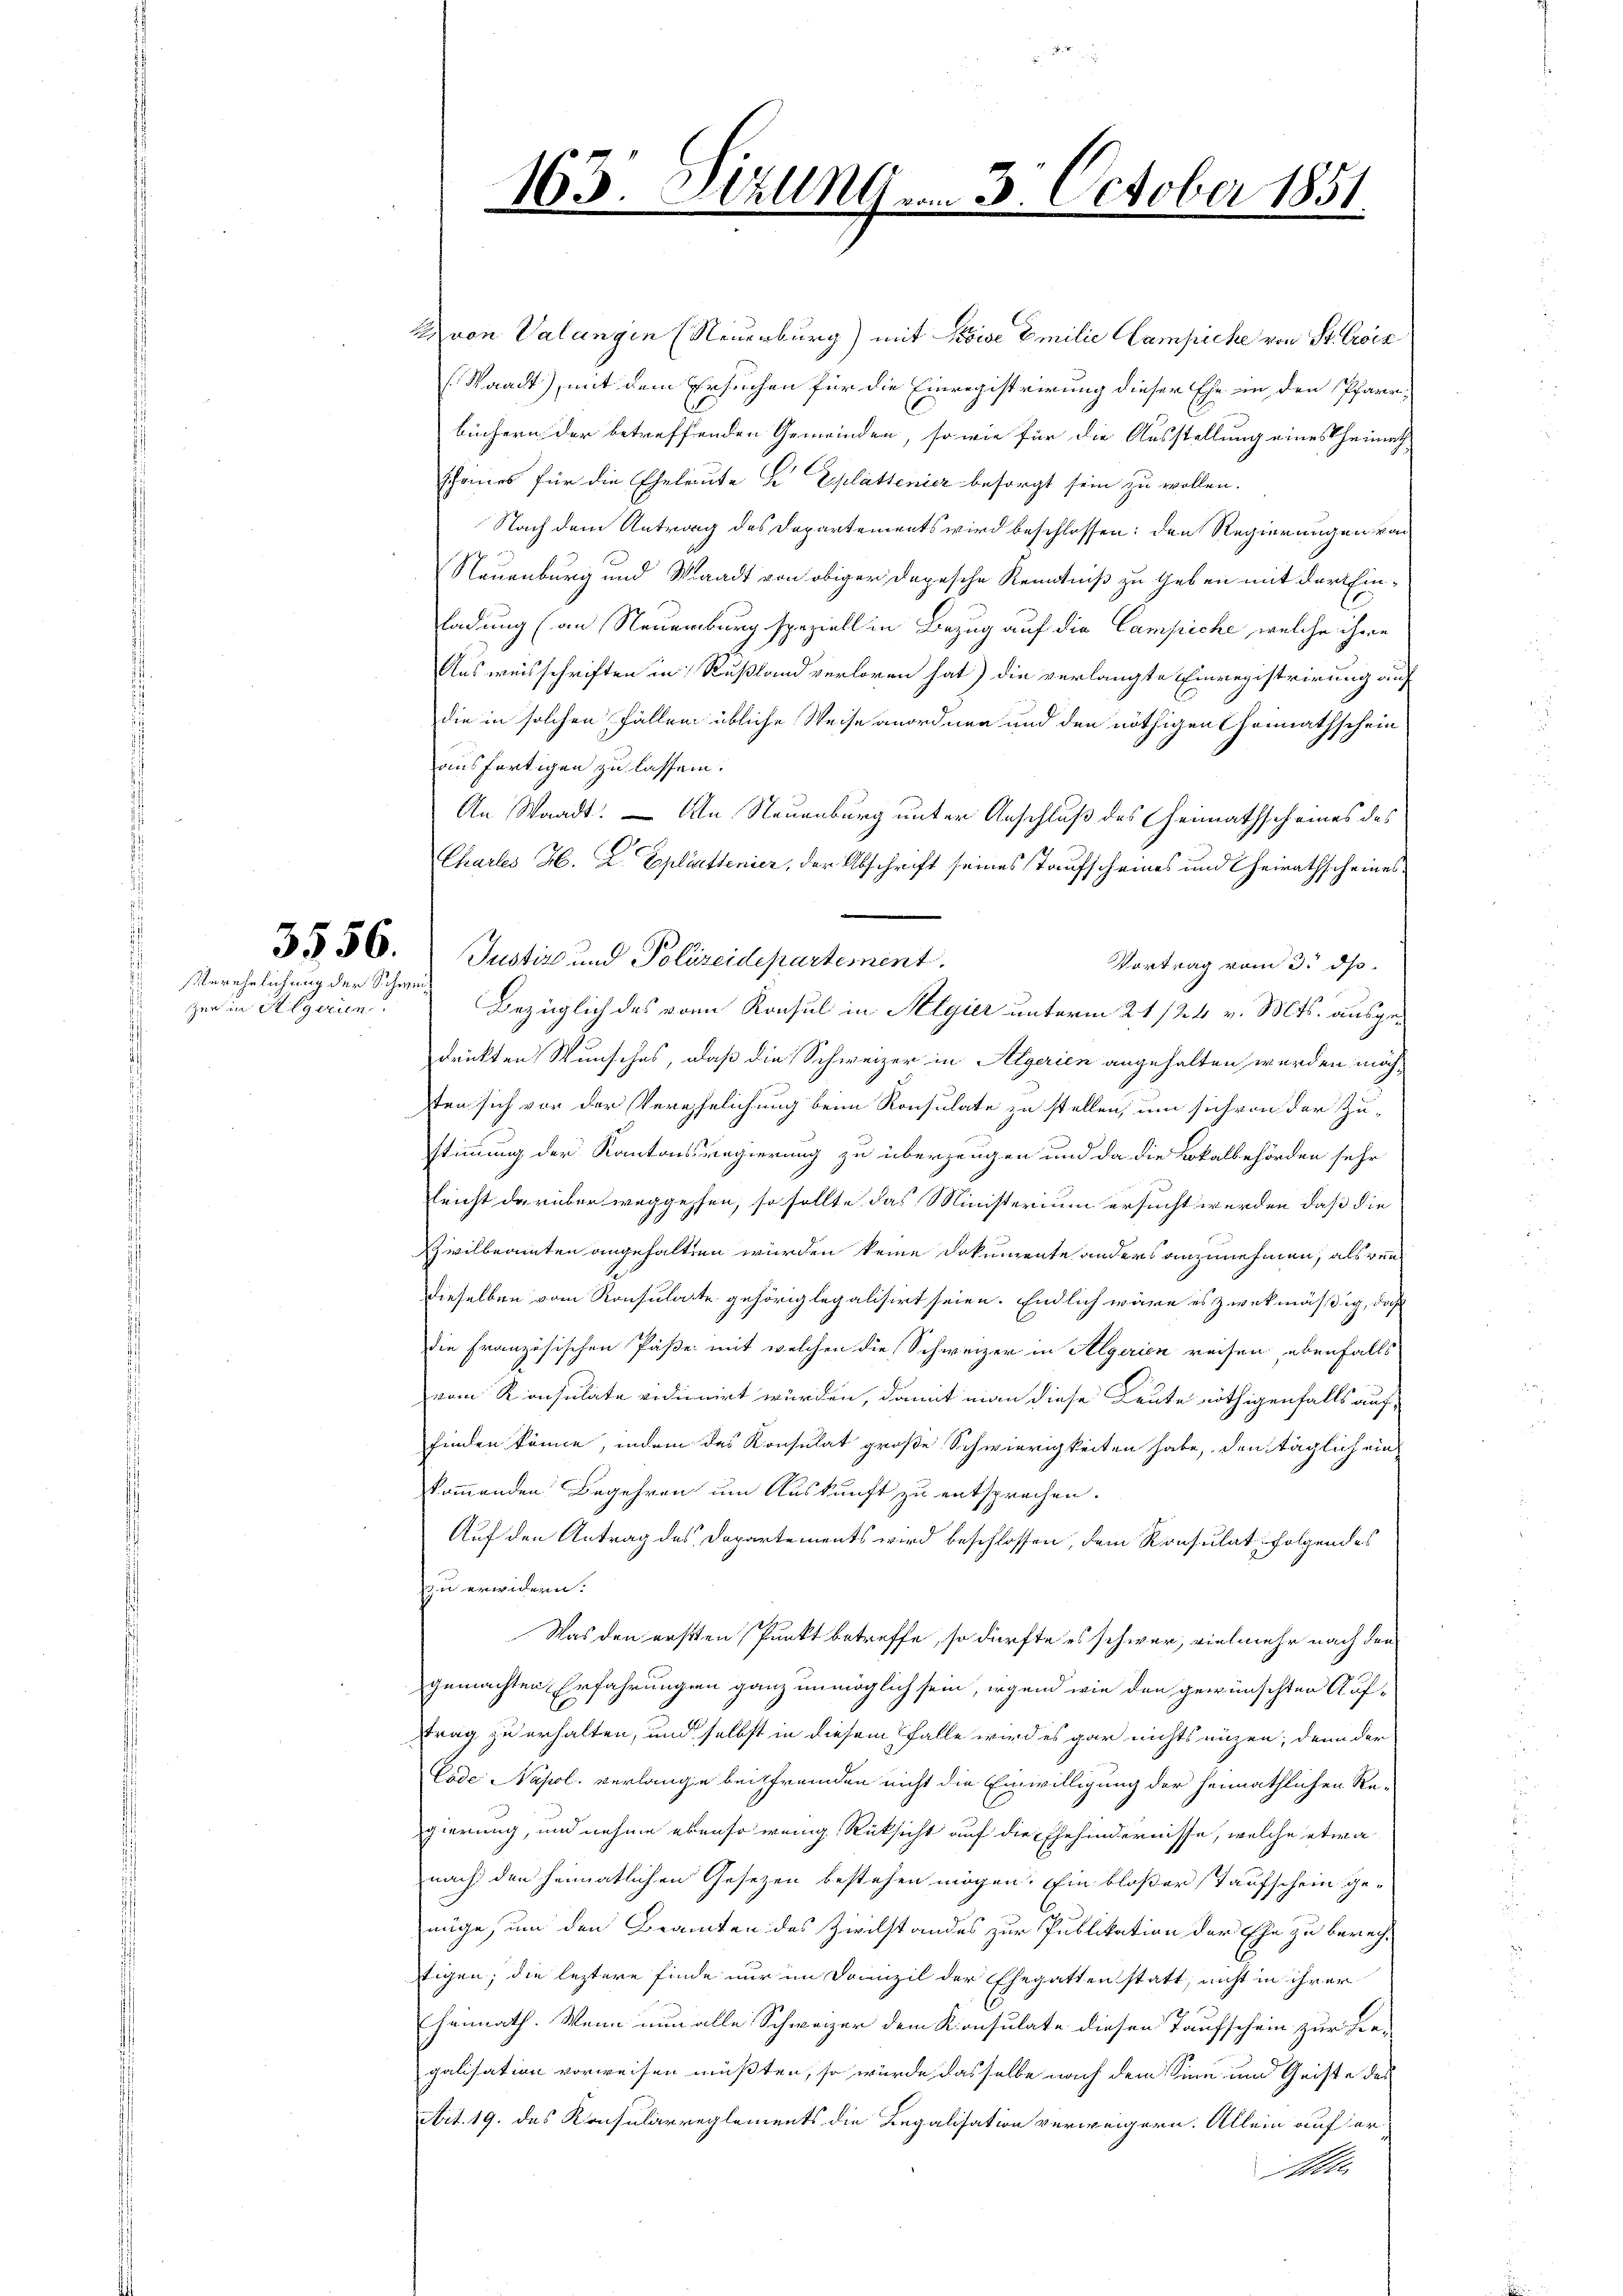
serehelichung der Schwei¬

zer in Regerien.

163. Sitzung vom 3. October 1851

Z von Valangin (Neuenburg) mit Kowe Emilie Campiche von St. Croix
(Waadt), mit dem Ersuchen für die Einregistrirung dieser Ehe in den Pfarrbüchern der betreffenden Gemeinden, so wie für die Ausstellung eines heimath
scheines für die Eheleute u Eplattenier besorgt sein zu wollen.
Nach dem Antrag des Departements wird beschlossen: den Regierungen von
Neuenburg und Waadt von obiger Depesche Kenntniß zu geben mit der Ein-
ladung (an Neuenburg speziell in Bezug auf die Campiche, welche ihre
Ausweisschriften in Rußland verloren hat) die verlangte Einregistrirung auf
die in solchen Fällen übliche Weise anordnen und den nöthigen Heimathschein
ausfertigen zu lassen.
An Waadt. — An Neuenburg unter Anschluß des Heimathscheines des
Chartes H. L. Explittenier, der Abschrift seines Taufscheines und heirathscheines
3336. Justiz und Polizeidepartement.
Vortrag vom 3. ds.
Bezüglich des von Konsul in Algier unterm 21/24 v. Mts. ausgedrükten Wunsches, daß die Schweizer in Algerien angehalten werden möch-
ten sich vor der Verehelichung beim Konsulate zu stellen, um sich von der Zu-
stimmung der Kantonsregierung zu überzeugen und da die Lokalbehörden sehr
leicht darüber weggehen, so sollte das Ministerium ersucht werden, daß die
Zivilbeamten angehalten würden keine Dokumente anders anzunehmen, als ren¬
Dieselben vom Konsulate gehörig legalisirt seien. Endlich wäre es zwekmäßig, daß
die Französischen Päße mit welchen die Schweizer in Algerien reisen, ebenfalls
vom Konsulate vidienirt würden, damit man diese Leute nöthigenfalls auf-
finden könne, indem das Konsulat große Schwierigkeiten habe, den täglich ein
kommenden Begehren um Auskunft zu entsprechen.
Auf den Antrag des Departements wird beschlossen, dem Konsulat folgendes
zu erwicken.
Was den ersten Punkt betreffe, so dürfte es schwer, vielmehr nach den
gemachten Erfahrungen ganz unmöglich sein, irgend wie den gewünschten Auftrag zu erhalten, und selbst in diesem Falle wird es gar nichts unzen, denn der
Code Napol. verlange beisfremden nicht die Einwilligung der heimathlichen Regierung, und nehme ebenso wenig Rücksicht auf die Ehehindernisse, welche etwa
nach den heimatlichen Gesezen bestehen mögen. Ein bloßer Taufschein ge-
nüge, um den Beamten des Zivilstandes zur Publikation der Ehe zu berech-
tigen; die leztere finde nur im Domizil der Ehegatten statt, nicht in ihrer
heimath. Wenn nun alle Schweizer dem Konsulate diesen Taufschein zur Be-
galisation vorweisen müßten, so würde dasselbe nach dem Sinn und Geiste des
Art. 19. des Konsularreglements die Legalisation verweigern. Allein auf er
Alle